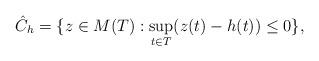
LaTeX: \begin{align*}\hat{C}_h=\{ z \in M(T): \sup_{t \in T}(z(t) -h(t)) \le 0\}, \end{align*}